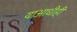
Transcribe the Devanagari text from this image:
याआधीही